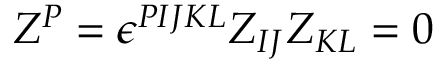
Z ^ { P } = \epsilon ^ { P I J K L } Z _ { I J } Z _ { K L } = 0